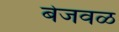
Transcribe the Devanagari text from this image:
बेजवळ